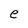
Character: e